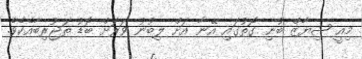
މިއީ ޝިޔާޒް ބުނި ގޮތުގައި އޭނާ އަށް ލިބުނު ވަރަށް ބޮޑު ތަޖުރިބާއެކެވެ.